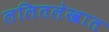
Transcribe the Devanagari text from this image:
ललितलेखात